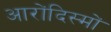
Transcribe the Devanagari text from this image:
आरोंदिस्मों